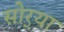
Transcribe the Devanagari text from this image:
सोर्‍या